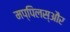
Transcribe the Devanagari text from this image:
मप्पिलस्और